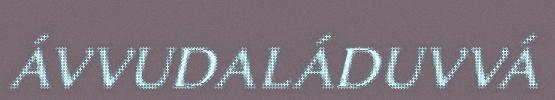
ÁVVUDALÁDUVVÁ